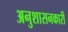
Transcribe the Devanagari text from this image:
अनुशासनकारी